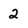
Character: 2